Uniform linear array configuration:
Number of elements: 16
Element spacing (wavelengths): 0.75
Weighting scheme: hann
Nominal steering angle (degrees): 60
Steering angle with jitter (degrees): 60.378
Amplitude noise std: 0.05
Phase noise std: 0.05

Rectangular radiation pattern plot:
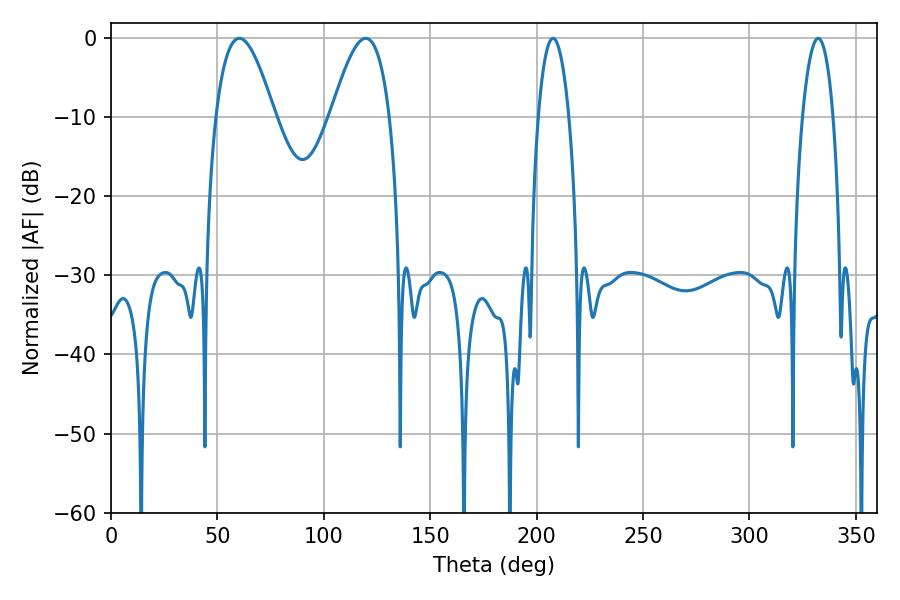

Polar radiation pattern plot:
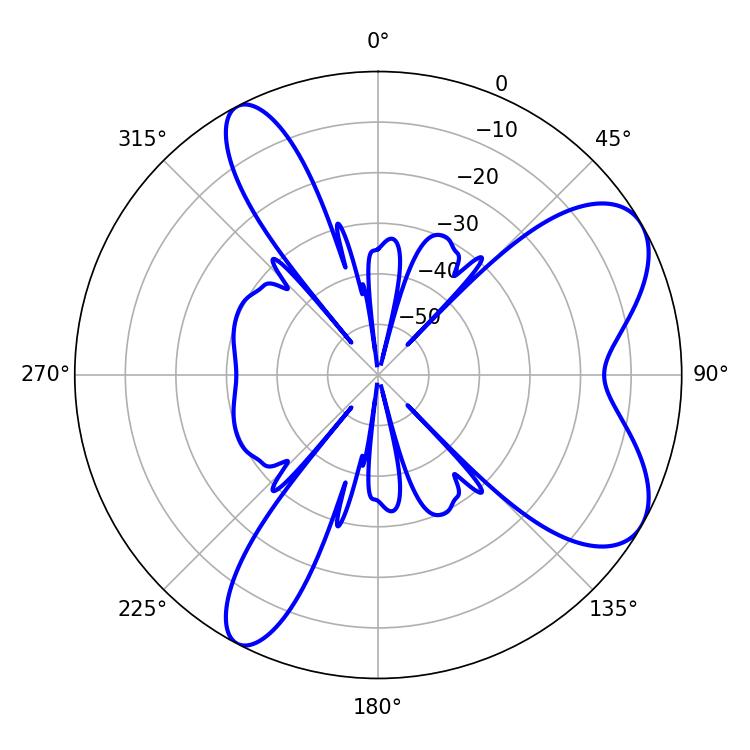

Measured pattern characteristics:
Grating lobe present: TRUE
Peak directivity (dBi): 7.337
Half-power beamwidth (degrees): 15.12
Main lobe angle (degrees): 60.3